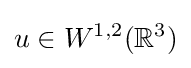
u\in W^{1,2}(\mathbb {R} ^{3})